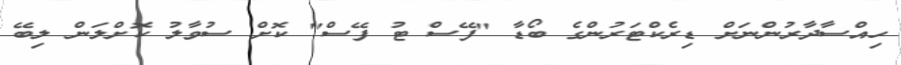
ހިއްސާދާރުންނަށް ޑިރެކްޓަރުންގެ ބޯޑާ "ފޭސް ޓު ފޭސް" ކޮށް ސުވާލު ކޮށްލަން ލިބޭ